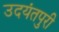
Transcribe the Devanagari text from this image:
उदयंतपुरी